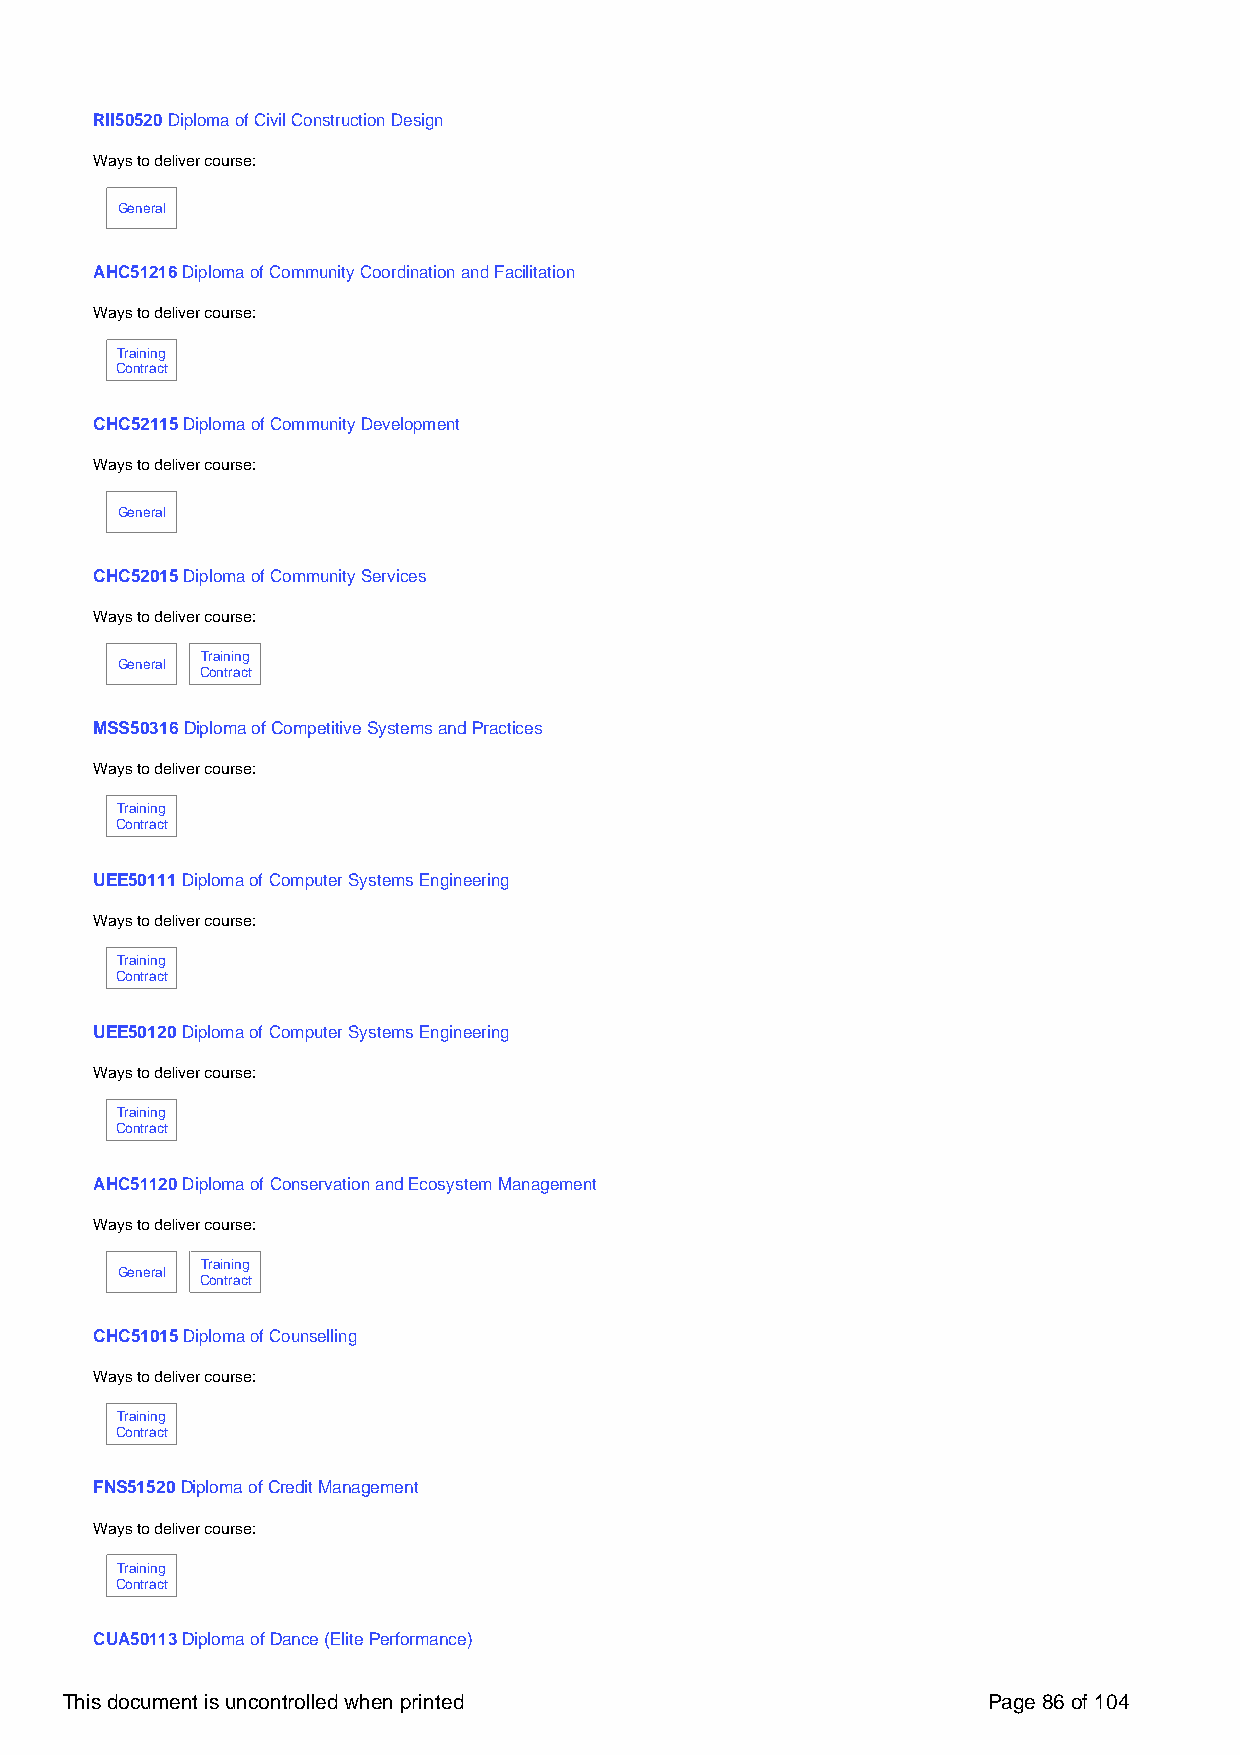
RII50520 Diploma of Civil Construction Design
 Ways to deliver course:
 General
 AHC51216 Diploma of Community Coordination and Facilitation
 Ways to deliver course:
 Training
 Contract
 CHC52115 Diploma of Community Development
 Ways to deliver course:
 General
 CHC52015 Diploma of Community Services
 Ways to deliver course:
 Training
 General
 Contract
 MSS50316 Diploma of Competitive Systems and Practices
 Ways to deliver course:
 Training
 Contract
 UEE50111 Diploma of Computer Systems Engineering
 Ways to deliver course:
 Training
 Contract
 UEE50120 Diploma of Computer Systems Engineering
 Ways to deliver course:
 Training
 Contract
 AHC51120 Diploma of Conservation and Ecosystem Management
 Ways to deliver course:
 Training
 General
 Contract
 CHC51015 Diploma of Counselling
 Ways to deliver course:
 Training
 Contract
 FNS51520 Diploma of Credit Management
 Ways to deliver course:
 Training
 Contract
 CUA50113 Diploma of Dance (Elite Performance)
 This document is uncontrolled when printed                   Page 86 of 104